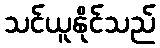
သင်ယူနိုင်သည်